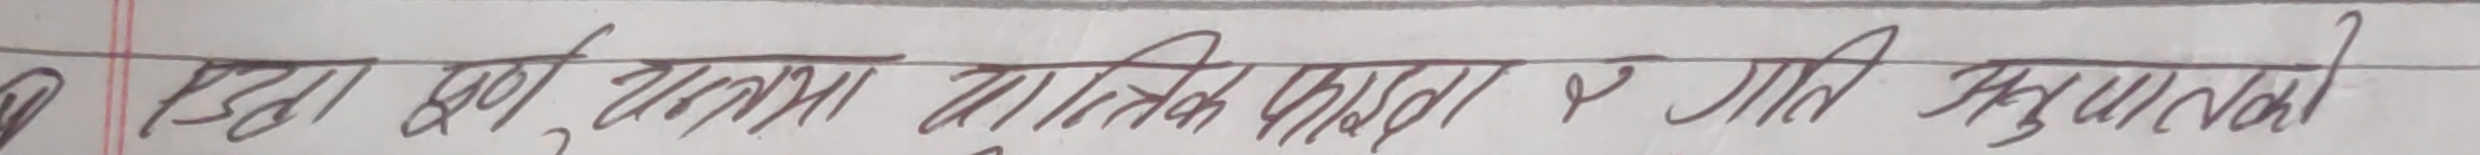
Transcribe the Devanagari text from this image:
हृदय खेल्ने कल्पना, भौतिक फइदा र गति मुकुलता